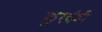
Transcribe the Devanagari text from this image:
कुरवंडी